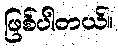
ဖြစ်ပါတယ်။